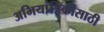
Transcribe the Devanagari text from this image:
अभियांत्रिकीसाठी